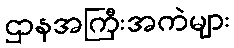
ဌာနအကြီးအကဲများ